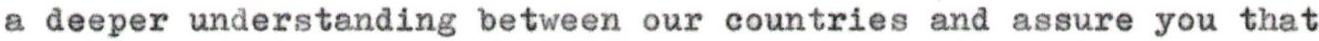
a deeper understanding between our countries and assure you that